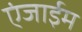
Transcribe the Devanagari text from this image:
एंजाईम